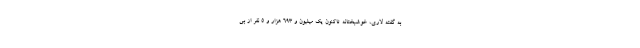
به گفته لاری، خوشبختانه تاکنون یک میلیون و ۶۹۳ هزار و ۵ نفر از بی